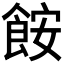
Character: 𫗒